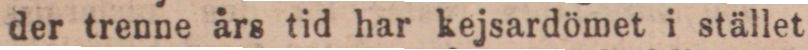
der trenne års tid har kejsardömet i stället